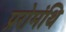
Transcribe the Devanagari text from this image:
प्ररोमंथि